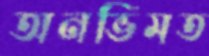
অনভিমত